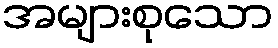
အများစုသော